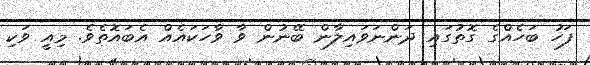
ފަހު ބަހެއްގެ ގޮތުގައި ދަންނަވައިލާން ބޭނުން ވާ ވާހަކައެއް އެބައޮތެވެ. މިއީ ވަކި